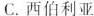
C. 西伯利亚